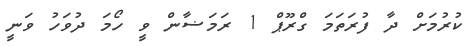
ކުރުމަށް ދާ ފުރަތަމަ ގްރޫޕް 1 ރަމަޟާން ވީ ހޯމަ ދުވަހު ވަނީ